Indian journal of veterinary science and animal husbandry - Volume 3,
Year: 1933
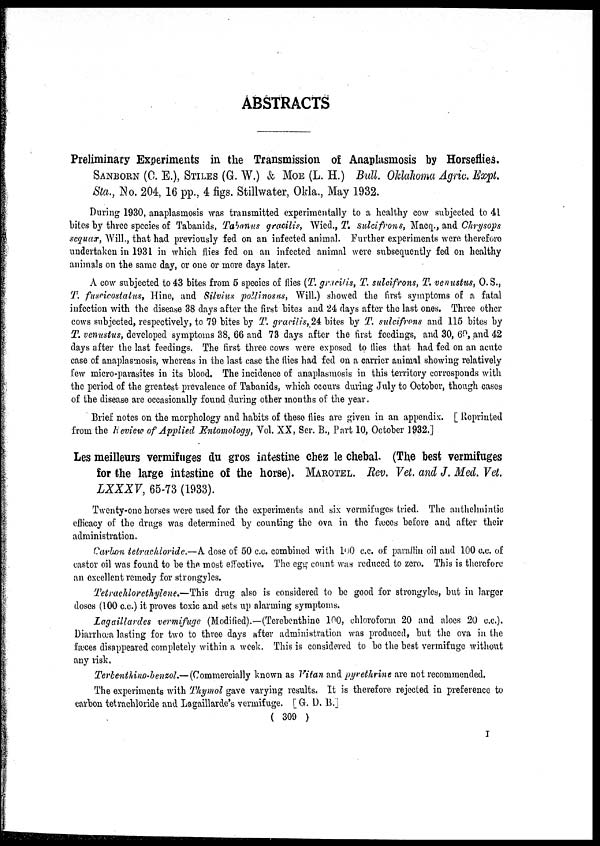
ABSTRACTS
Preliminary Experiments in the Transmission of Anaplasmosis by Horseflies.
SANBORN (C. E.),STILES (G. W.) & MOE (L. H.) Bull. Oklahoma Agric. Expt.
Sta., No. 204, 16 pp., 4 figs. Stillwater, Okla., May 1932.
During 1930, anaplasmosis was transmitted experimentally to a healthy cow subjected to 41
bites by three species of Tabanids, Tabanus gracilis, Wied., T. sulcifrons, Macq., and Chrysops
sequax, Will., that had previously fed on an infected animal. Further experiments were therefore
undertaken in 1931 in which flies fed on an infected animal were subsequently fed on healthy
animals on the same day, or one or more days later.
A cow subjected to 43 bites from 5 species of flies (T. gracilis, T. sulcifrons, T. venustus, O. S.,
T. fuscicostatus, Hine, and Silvius pollinosus, Will.) showed the first symptoms of a fatal
infection with the disease 38 days after the first bites and 24 days after the last ones. Three other
cows subjected, respectively, to 79 bites by T. gracilis, 24 bites by T. sulcifrons and 115 bites by
T. venustus, developed symptoms 38, 66 and 73 days after the first feedings, and 30, 60 and 42
days after the last feedings. The first three cows were exposed to flies that had fed on an acute
case of anaplasmosis, whereas in the last case the flies had fed on a carrier animal showing relatively
few micro-parasites in its blood. The incidence of anaplasmosis in this territory corresponds with
the period of the greatest prevalence of Tabanids, which occurs during July to October, though cases
of the disease are occasionally found during other months of the year.
Brief notes on the morphology and habits of these flies are given in an appendix. [ Reprinted
from the keview of Applied Entomology, Vol. XX, Ser. B., Part 10, October 1932.]
Les meilleurs vermifuges du gros intestine chez le chebal. (The best vermifuges
for the large intestine of the horse). MAROTEL. Rev. Vet. and J. Med. Vet.
LXXXV, 65-73 (1933).
Twenty-one horses were used for the experiments and six vermifuges tried. The anthelmintic
efficacy of the drugs was determined by counting the ova in the fæces before and after their
administration.
Carbon tetrachloride.—A dose of 50 c.c. combined with 100 c.c. of paraffin oil and 100 c.c. of
castor oil was found to be the most effective. The egg count was reduced to zero. This is therefore
an excellent remedy for strongyles.
Tetrachlorethylene.—This drug also is considered to be good for strongyles, but in larger
doses (100 c.c.) it proves toxic and sets up alarming symptoms.
Lagaillardes vermifuge (Modified).—(Terebenthine 100, chloroform 20 and aloes 20 c.c).
Diarrhœa lasting for two to three days after administration was produced, but the ova in the
fæces disappeared completely within a week. This is considered to be the best vermifuge without
any risk.
Terbenthino-benzol.— (Commercially known as Vitan and pyrethrine are not recommended.
The experiments with Thymol gave varying results. It is therefore rejected in preference to
carbon tetrachloride and Lagaillarde's vermifuge. [ G. D. B.]
( 309 )
I